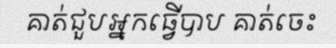
គាត់ជួបអ្នកធ្វើបាប គាត់ចេះ